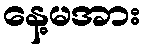
နေ့မအား